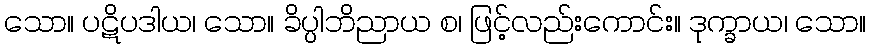
သော။ ပဋိပဒါယ၊ သော။ ခိပ္ပါဘိညာယ စ၊ ဖြင့်လည်းကောင်း။ ဒုက္ခာယ၊ သော။